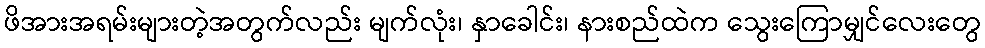
ဖိအားအရမ်းများတဲ့အတွက်လည်း မျက်လုံး၊ နှာခေါင်း၊ နားစည်ထဲက သွေးကြောမျှင်လေးတွေ